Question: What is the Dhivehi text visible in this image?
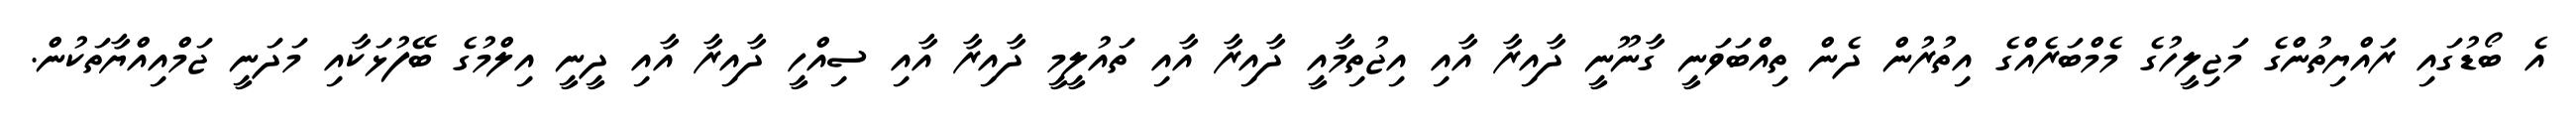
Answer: އެ ބޯޑުގައި ރައްޔިތުންގެ މަޖިލީހުގެ މެމްބަރެއްގެ އިތުރުން ދެން ތިއްބަވަނީ ގާނޫނީ ދާއިރާ އާއި އިޖުތިމާއީ ދާއިރާ އާއި ތައުލީމީ ދާއިރާ އާއި ސިއްހީ ދާއިރާ އާއި ދީނީ އިލްމުގެ ބޭފުޅަކާއި މަދަނީ ޖަމްއިއްޔާތަކުން.